Vaccination in Bombay 1924-1928 - 1924-1928
Year: 1924
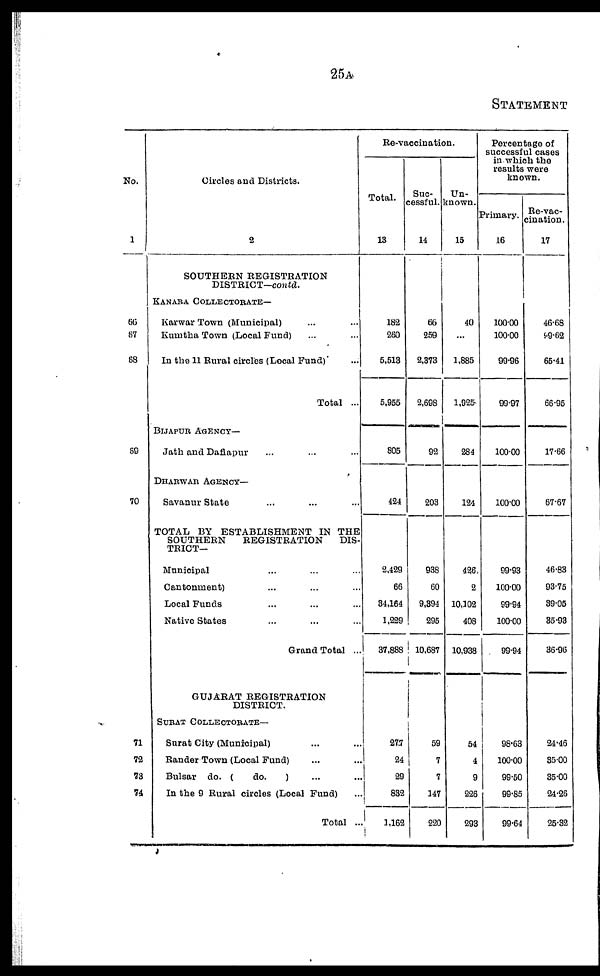
25A
STATEMENT
No.
1
66
67
68
69
70
71
72
73
74
Circles and Districts.
2
SOUTHERN REGISTRATION
DISTRICT—contd.
KANARA COLLECTORATE—
Karwar Town (Municipal) ... ...
Kumtha Town (Local Fund) ... ...
In the 11 Rural circles (Local Fund) ... ...
Total ...
BIJAPUR AGENCY—
Jath and Daflapur ... ... ...
DHARWAR AGENCY—
Savanur State ... ... ...
TOTAL BY ESTABLISHMENT IN THE
SOUTHERN
REGISTRATION
DIS-
TRICT—
Municipal ... ... ...
Cantonment ... ... ...
Local Funds ... ... ...
Native States ... ... ...
Grand Total ...
GUJARAT REGISTRATION
DISTRICT.
SURAT COLLECTORATE—
Surat City (Municipal) ... ...
Rander Town (Local Fund) ... ...
Bulsar do. (
do.
) ... ... ...
In the 9 Rural circles (Local Fund) ...
Total ...
Re-vaccination.
Total.
13
182
260
5,513
5,955
805
424
2,429
66
34,164
1,229
37,888
277
24
29
832
1,162
Suc-
cessful.
14
66
259
2,373
2,698
92
203
938
60
9,394
295
10,687
59
7
7
147
220
Un-
known.
15
40
...
1,885
1,925
284
124
426
2
10,102
408
10,938
54
4
9
226
293
Percentage of
successful cases
in which the
results were
known.
Primary.
16
100.00
100.00
99.96
99.97
100.00
100.00
99.93
100.00
99.94
100.00
99.94
98.63
100.00
99.50
99.85
99.64
Re-vac-
cination.
17
46.68
99.62
65.41
66.95
17.66
67.67
46.83
93.75
39.05
35.93
36.96
24.46
35.00
35.00
24.26
25.32